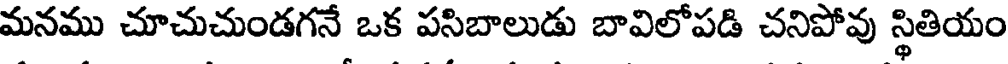
మనము చూచుచుండగనే ఒక పసిబాలుడు బావిలోపడి చనిపోవు స్థితియం